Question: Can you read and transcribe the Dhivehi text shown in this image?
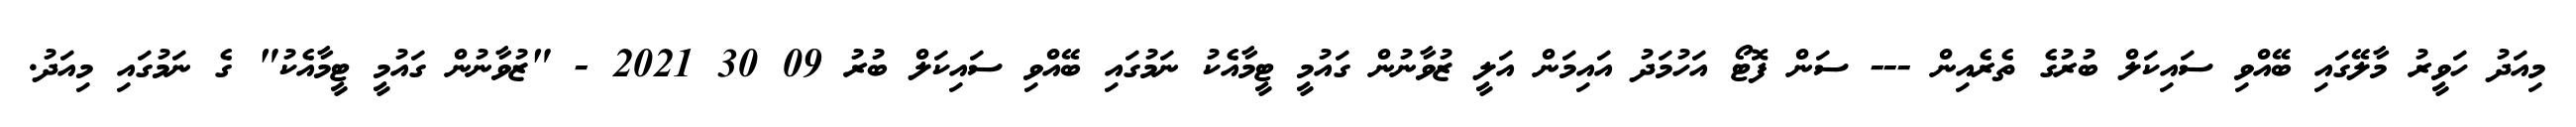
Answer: މިއަދު ހަވީރު މާލޭގައި ބޭއްވި ސައިކަލް ބުރުގެ ތެރެއިން --- ސަން ފޮޓޯ އަހުމަދު އައިމަން އަލީ ޒުވާނުން ގައުމީ ޓީމާއެކު ނަމުގައި ބޭއްވި ސައިކަލް ބުރު 09 30 2021 - "ޒުވާނުން ގައުމީ ޓީމާއެކު" ގެ ނަމުގައި މިއަދު.